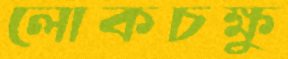
লোকচক্ষু